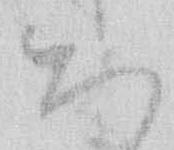
ち